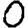
Digit: 0